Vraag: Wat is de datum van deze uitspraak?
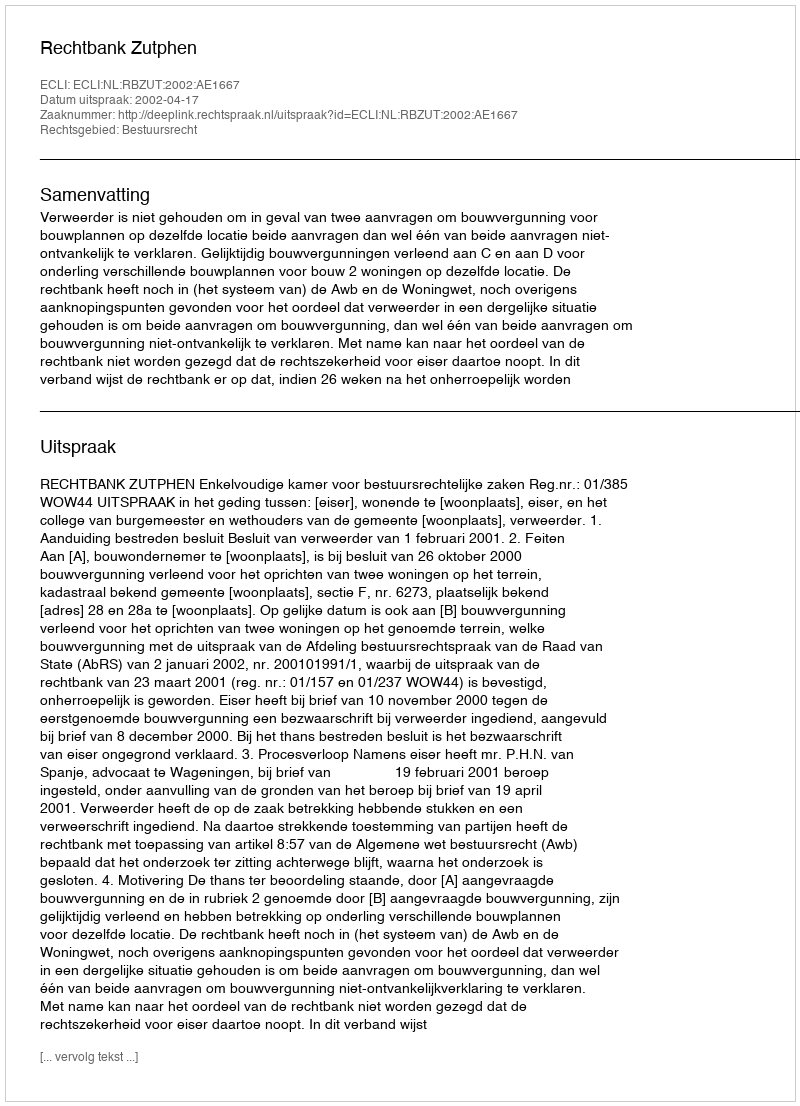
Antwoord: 2002-04-17